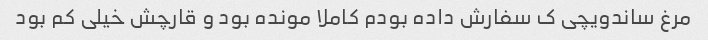
مرغ ساندویچی ک سفارش داده بودم کاملا مونده بود و قارچش خیلی کم بود